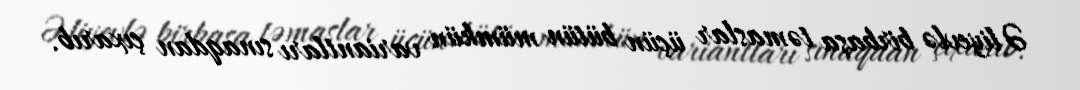
Əliyevlə birbaşa təmaslar üçün bütün mümkün variantları sınaqdan çıxarıb.